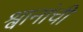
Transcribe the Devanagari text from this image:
श्वानांची